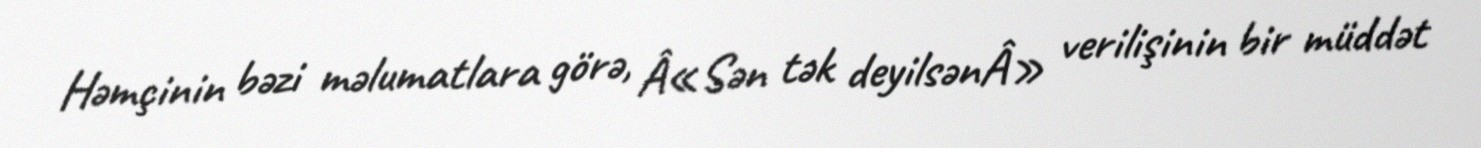
Həmçinin bəzi məlumatlara görə, Â«Sən tək deyilsənÂ» verilişinin bir müddət